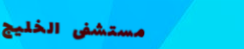
مستشفى الخليج